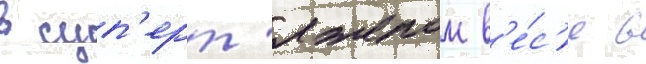
в суп'ерт'яжелом в'е́с'е в